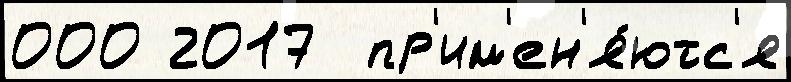
000 2017  пр'им'ен'я́ютс'я